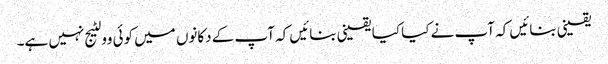
یقینی بنائیں کہ آپ نے کیا کیا یقینی بنائیں کہ آپ کے دکانوں میں کوئی وولٹیج نہیں ہے۔